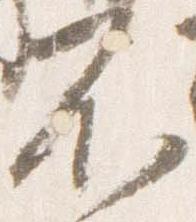
不